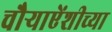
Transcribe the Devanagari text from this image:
चौऱ्याऐंशीच्या